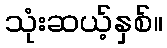
သုံးဆယ့်နှစ်။